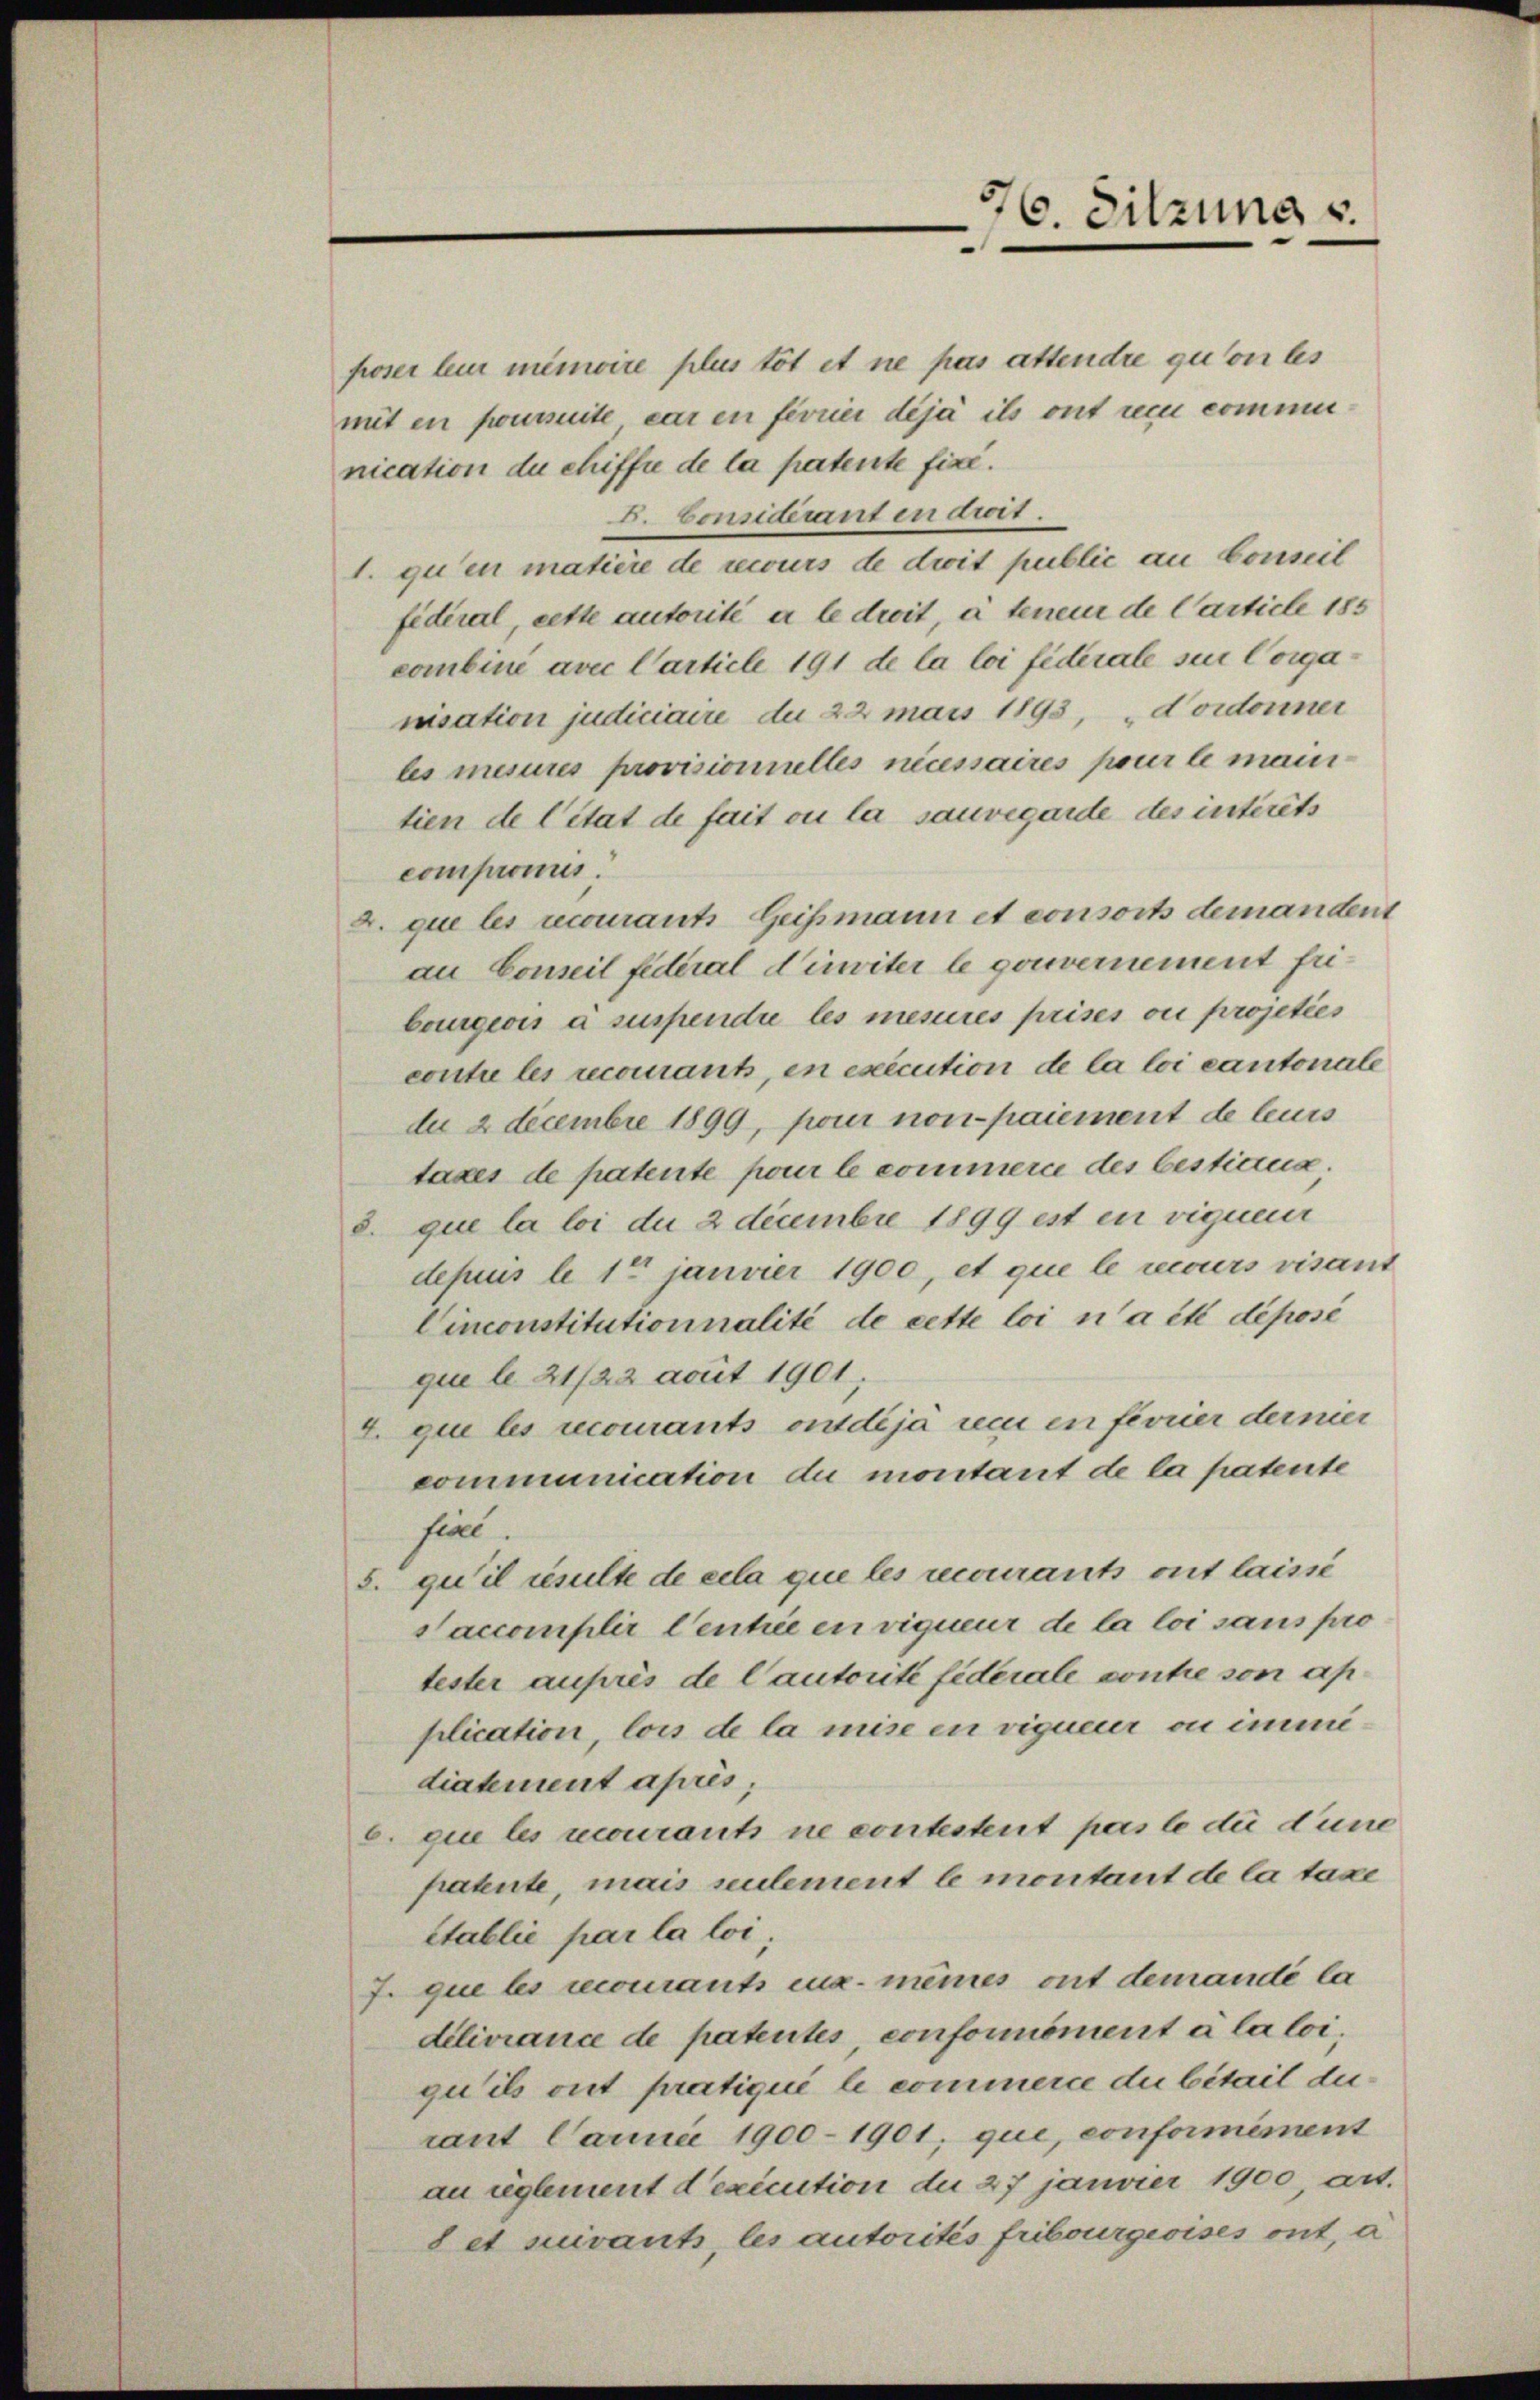
poser leur minire plus tot et ne pas attendre quoi les
mit en foursuite er en ferrier déjà ils ont ein commernication de chiffre de la patente fixe.
B. Considerant in droit.
1. qu’en matière de recours de droit public an Conseit
fidéral, cette autorité a le droit, à tenen de Carticle 185
combini avec Carticle 191 de la loi fiderale sue Corganisation judiciaire du 22 mais 1893, Nordonner
les mesures provisionnelles necessaires pour le mani
tien de Citat de fait ou la sauvegarde des intérêts
compromis.
2. que les courants Geismann et consorts demandent
an Conseil federal diriter le gouvernement fribourgeois a suspendie les mesures prises ou projeties
conti les recourant, in execution de la loi cantonale
dn 2 Decembre 1899, pour non paiement de leurs
tages de patente pour le commerce des bestiaux,
8. que la loi du 2 Decembre 1899 est en viguen
depius le 10 janvier 1900, et que le recours visant
Cinconstitutionnalité de cette loi n’a été déposé
que le 21/22 amit 1901,
2. que les recourants ont déjà reci in ferrier dernier
communication du montant de la patente
fiel.
5. qu’il resulte de cela que les recourants ont laisse
Saccomplir Centrée en vigueur de la loi sans pro
tester auprès de Cautorité fiderale contre von application, lois de la mise en vigueur ou immediatement après;
e que les nourants ne contestent pas le du dene
patente, mais seulement le montant de la taxe
établie par la loi,
J. que les recomants eux mêmes ont demande la
délivrance de patentes, conformément à la loi,
qu’ils ont pratiqué le commerce du bitail durant Jauni 1900-1901, qui, conformément
an reglement d’exécution du 27 janvier 1900, art.
det suivants, les autorités fribourgeoises ont, à

76. Sitzung u.